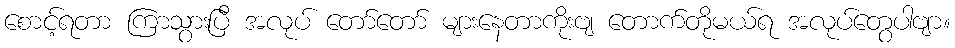
စောင့်ရတာ ကြာသွားပြီ အလုပ် တော်တော် များနေတာကိုးဗျ တောက်တိုမယ်ရ အလုပ်တွေပါဗျာ။